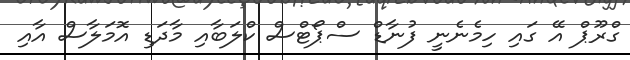
ގްރޫޕް އޭ ގައި ހިމެނެނީ ފުނާޑް ސްޕޯޓްސް ކްލަބާއި މާދަޑި އޮމަލާސް އާއި